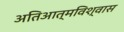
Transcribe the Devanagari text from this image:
अतिआत्मविश्वास